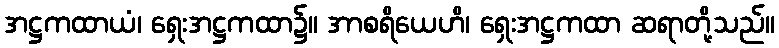
အဋ္ဌကထာယံ၊ ရှေးအဋ္ဌကထာ၌။ အာစရိယေဟိ၊ ရှေးအဋ္ဌကထာ ဆရာတို့သည်။